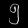
Digit: ၅